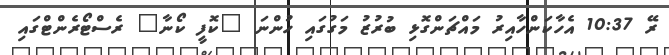
ރޭ 10:37 އެހާކަންހާއިރު މައްޗަންގޮޅި ބުރުޒު މަގުގައި ހުންނަ "ކޮފީ ކޯނާ" ރެސްޓޯރެންޓްގައި